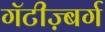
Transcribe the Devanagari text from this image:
गॅटीज़्बर्ग